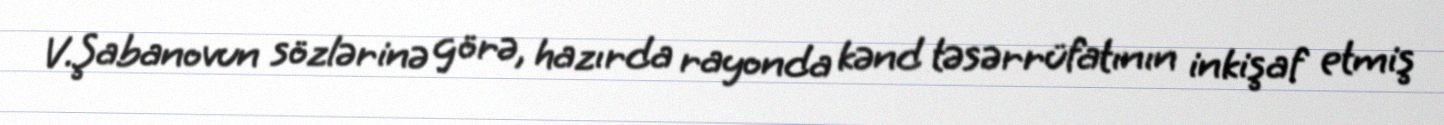
V.Şabanovun sözlərinə görə, hazırda rayonda kənd təsərrüfatının inkişaf etmiş